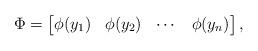
LaTeX: \begin{align*}\Phi = \begin{bmatrix}\phi(y_1) & \phi(y_2) & \cdots & \phi(y_n)\end{bmatrix},\end{align*}